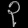
Digit: ၃